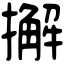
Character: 𢶷